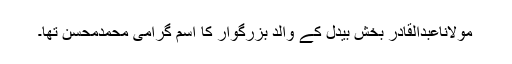
مولاناعبدالقادر بخش بیدلؒ کے والد بزرگوار کا اسم گرامی محمدمحسن تھا۔